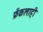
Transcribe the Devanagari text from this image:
फ्रँकलाही